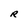
Character: R